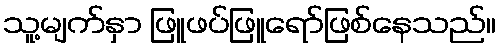
သူ့မျက်နှာ ဖြူဖပ်ဖြူရော်ဖြစ်နေသည်။